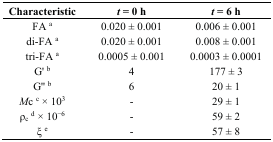
<table><thead><tr><td><b>Characteristic</b></td><td><b><i>t</i> = 0 h</b></td><td><b><i>t</i> = 6 h</b></td></tr></thead><tbody><tr><td>FA <sup>a</sup></td><td>0.020 ± 0.001</td><td>0.006 ± 0.001</td></tr><tr><td>di-FA <sup>a</sup></td><td>0.020 ± 0.001</td><td>0.008 ± 0.001</td></tr><tr><td>tri-FA <sup>a</sup></td><td>0.0005 ± 0.001</td><td>0.0003 ± 0.0001</td></tr><tr><td>G&#x27; <sup>b</sup></td><td>4</td><td>177 ± 3</td></tr><tr><td>G&#x27;&#x27; <sup>b</sup></td><td>6</td><td>20 ± 1</td></tr><tr><td><i>M</i>c <sup>c</sup> × 10<sup>3</sup></td><td>-</td><td>29 ± 1</td></tr><tr><td>ρ<sub>c</sub><sup>d</sup> × 10<sup>−6</sup></td><td>-</td><td>59 ± 2</td></tr><tr><td>ξ <sup>e</sup></td><td>-</td><td>57 ± 8</td></tr></tbody></table>